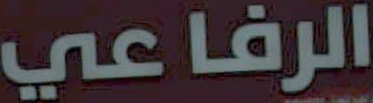
الرفاعي